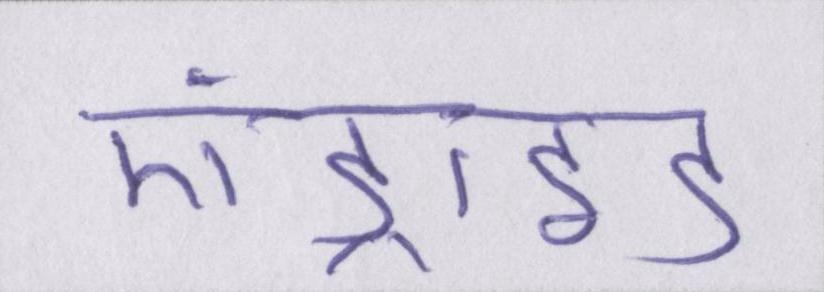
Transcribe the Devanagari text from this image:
एंड्राइड